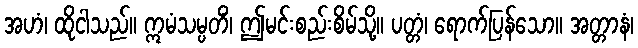
အဟံ၊ ထိုငါသည်။ ဣမံသမ္ပတိံ၊ ဤမင်းစည်းစိမ်သို့။ ပတ္တံ၊ ရောက်ပြန်သော။ အတ္တာနံ၊